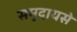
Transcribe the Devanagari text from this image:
समुदायसे